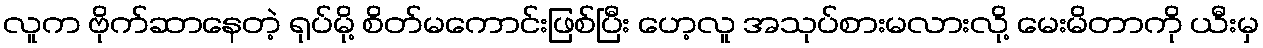
လူက ဗိုက်ဆာနေတဲ့ ရုပ်မို့ စိတ်မကောင်းဖြစ်ပြီး ဟေ့လူ အသုပ်စားမလားလို့ မေးမိတာကို ယီးမှ